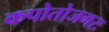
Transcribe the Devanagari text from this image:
कपोतोजगरः